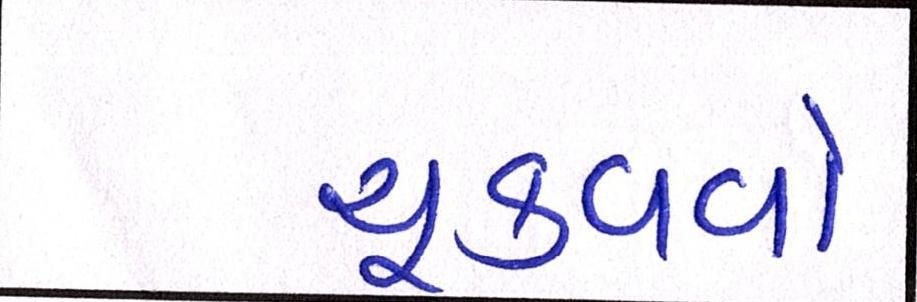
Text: ચૂકવવો